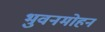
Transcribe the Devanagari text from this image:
भुवनमोहन